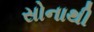
સોનાથી